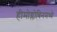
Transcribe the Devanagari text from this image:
हीमोग्लोबिनमध्ये